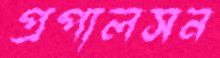
প্রপালসন